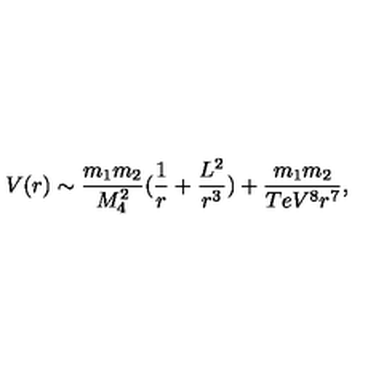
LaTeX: V ( r ) \sim \frac { m _ { 1 } m _ { 2 } } { M _ { 4 } ^ { 2 } } ( \frac { 1 } { r } + \frac { L ^ { 2 } } { r ^ { 3 } } ) + \frac { m _ { 1 } m _ { 2 } } { T e V ^ { 8 } r ^ { 7 } } ,